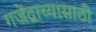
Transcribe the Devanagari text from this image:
गजेंद्राच्यासाठी